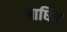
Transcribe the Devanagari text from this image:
आधिर